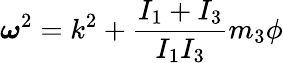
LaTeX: {\boldsymbol\omega}^{2}=k^{2}+\frac{I_{1}+I_{3}}{I_{1}I_{3}}m_{3}\phi